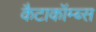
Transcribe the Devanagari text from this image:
कैटाकॉम्ब्स